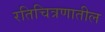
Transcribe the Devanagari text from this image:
रतिचित्रणातील